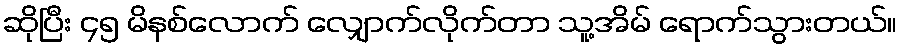
ဆိုပြီး ၄၅ မိနစ်လောက် လျှောက်လိုက်တာ သူ့အိမ် ရောက်သွားတယ်။